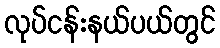
လုပ်ငန်းနယ်ပယ်တွင်